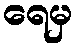
ရေမှ